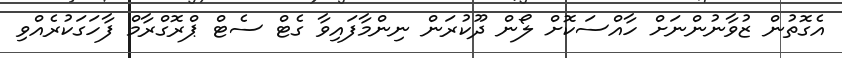
އެގޮތުން ޒުވާނުންނަށް ހާއްސަކޮށް ލޯން ދޫކުރަން ނިންމާފައިވާ ގެޓް ސެޓް ޕްރޮގްރާމް ފާހަަގަކުރެއްވި